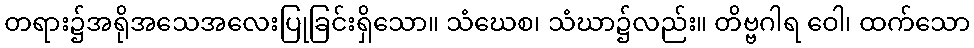
တရား၌အရိုအသေအလေးပြုခြင်းရှိသော။ သံဃေစ၊ သံဃာ၌လည်း။ တိဗ္ဗဂါရ ဝေါ၊ ထက်သော